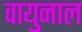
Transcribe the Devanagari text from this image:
वायुनाल